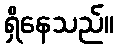
ရှိနေသည်။